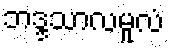
ဘဒ္ဒသာလမူလံ